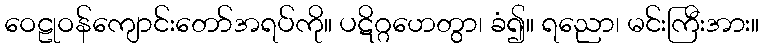
ဝေဠုဝန်ကျောင်းတော်အရပ်ကို။ ပဋိဂ္ဂဟေတွာ၊ ခံ၍။ ရညော၊ မင်းကြီးအား။